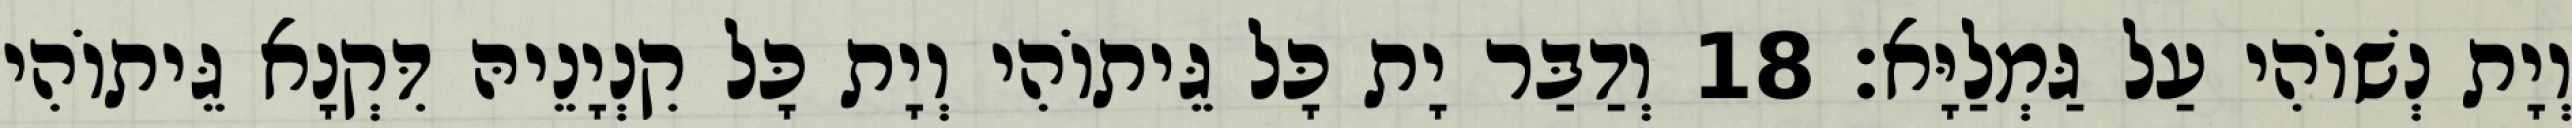
וְיָת נְשׁוֹהִי עַל גַּמְלַיָּא׃ 18 וְדַבַּר יָת כָּל גֵּיתוֹהִי וְיָת כָּל קִנְיָנֵיהּ דִּקְנָא גֵּיתוֹהִי